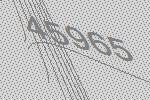
45965